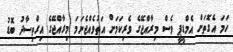
ހަމަ އެގޮތަށް އެމްޑީޕީ ވެސް މިރާއްޖޭގެ ވެރިކަމަށް އަތުވެއްޖެނަމަ މިރާއްޖޭގެ އިގްތިސާދު ބޮޑު